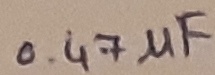
Text: 0.47µF